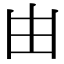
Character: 𠙹